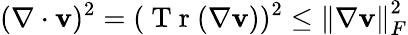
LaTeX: (\nabla\cdot\mathbf{v})^{2}=(\mathrm{~T~r~}(\nabla\mathbf{v}))^{2}\leq\left\lVert\nabla\mathbf{v}\right\rVert_{F}^{2}